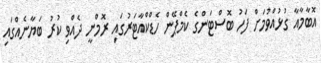
އޮބާމާއާ ގުޅުއްވުމަށް ފަހު ބޮސްޓަންގެ ކެމްޕޭން ހެޑްކްއާޓަރުގައި ރޮމްނީ ދެއްވި ކުރު ބަޔާނެއްގައި